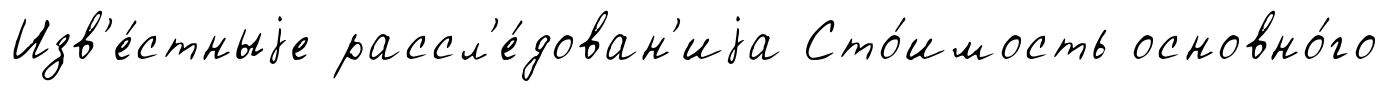
Изв'е́стныjе рассл'е́дован'иjа Сто́имость основно́го